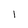
Character: 1